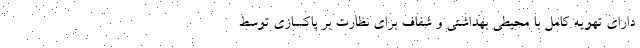
دارای تهویه کامل با محیطی بهداشتی و شفاف برای نظارت بر پاکسازی توسط